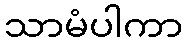
သာမံပါကာ